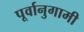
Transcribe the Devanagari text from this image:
पूर्वानुगामी